Annual report of the Bengal Veterinary College and of the Civil Veterinary Department, Bengal, for the year 1914-1915 - 1914-1915
Year: 1914
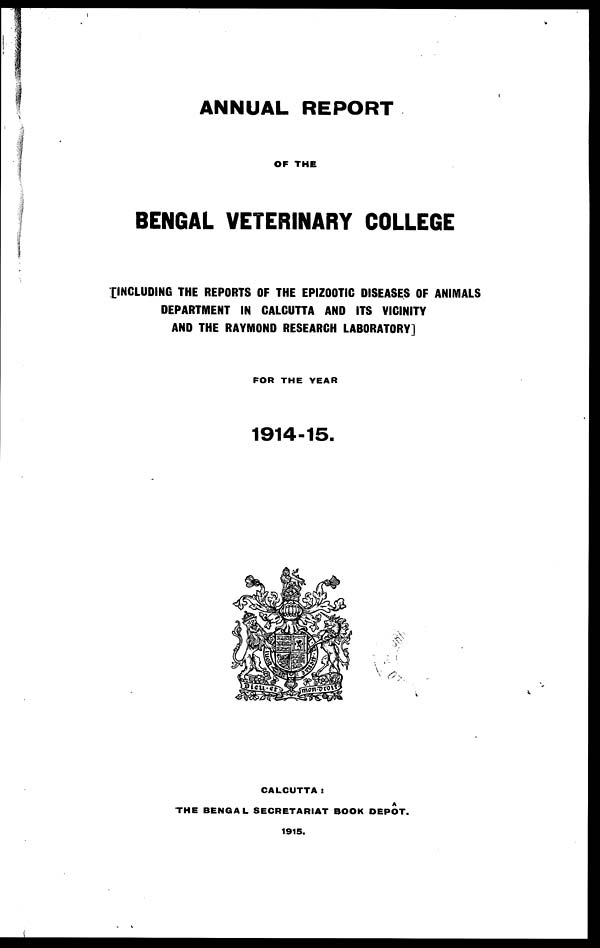
ANNUAL REPORT
OF THE
BENGAL VETERINARY COLLEGE
[INCLUDING THE REPORTS OF THE EPIZOOTIC DISEASES OF ANIMALS
DEPARTMENT IN CALCUTTA AND ITS VICINITY
AND THE RAYMOND RESEARCH LABORATORY]
FOR THE YEAR
1914-15.
CALCUTTA :
THE BENGAL SECRETARIAT BOOK DEPOT.
1915.